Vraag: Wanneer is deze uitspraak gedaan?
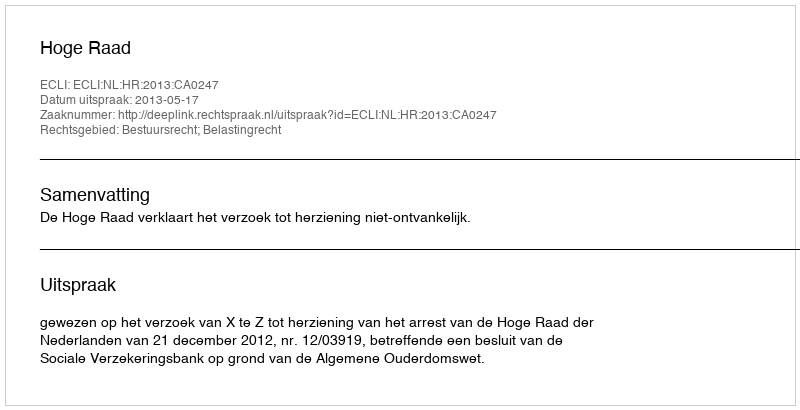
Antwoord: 2013-05-17